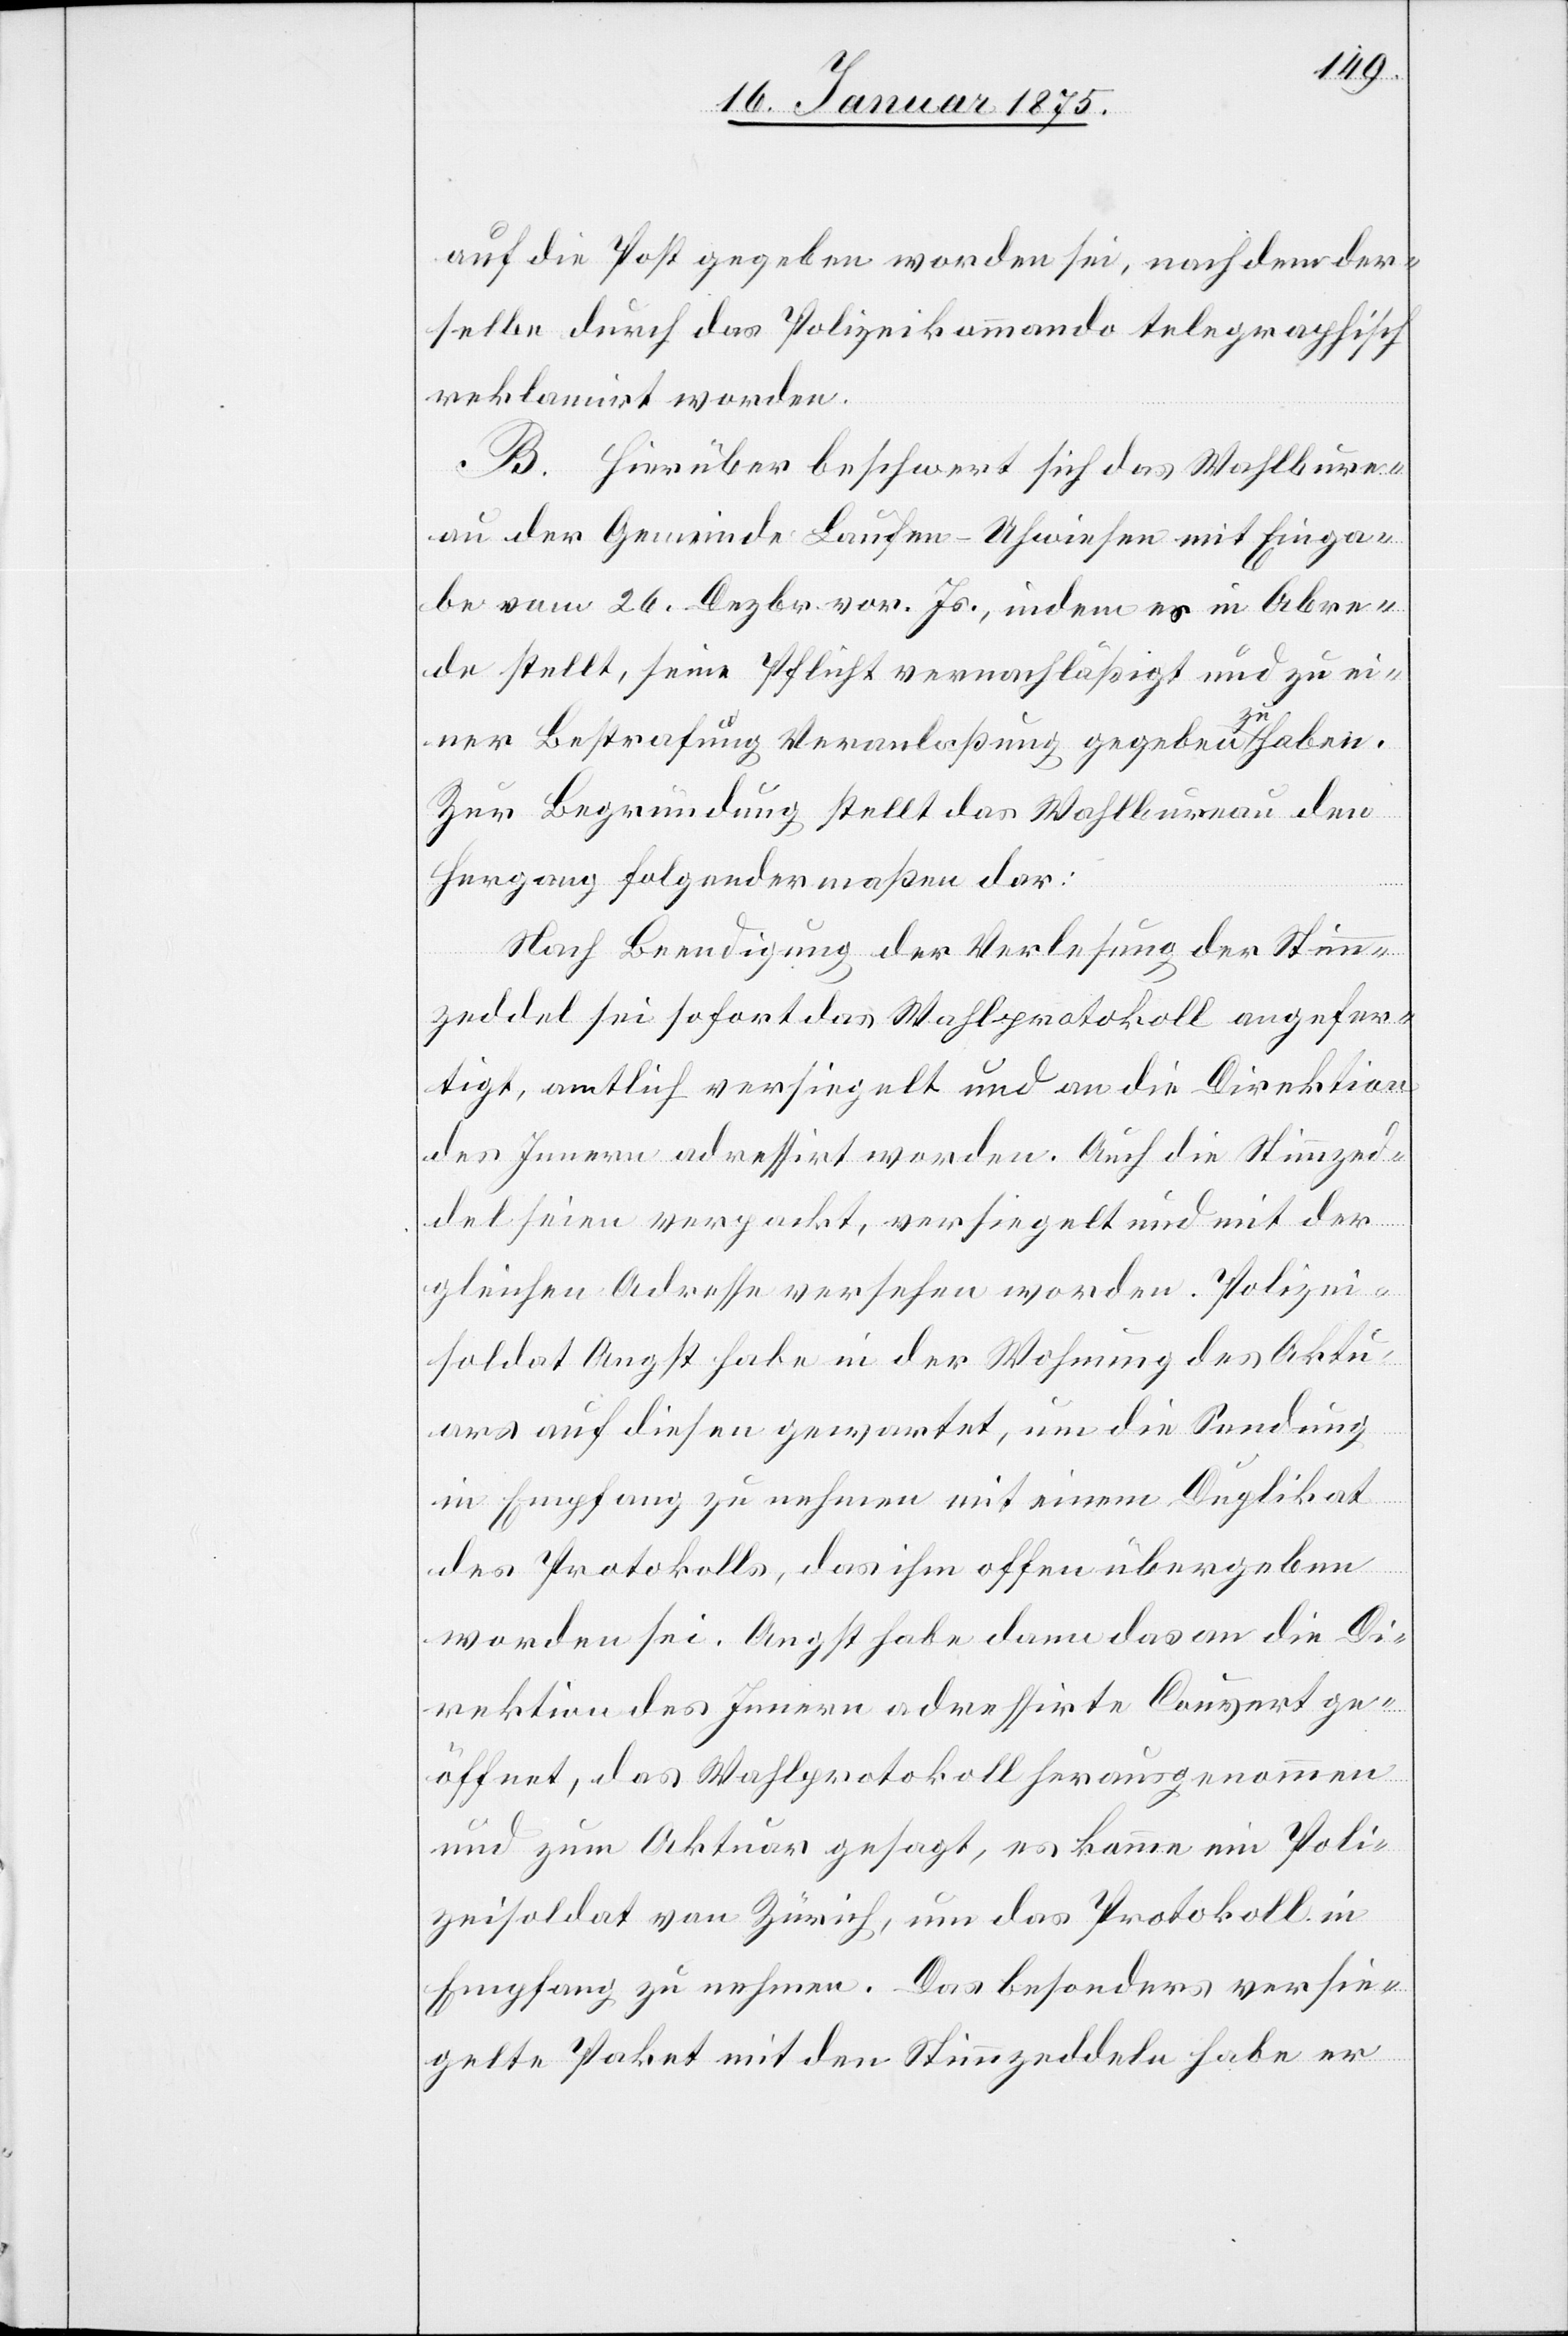
auf die Post gegeben worden sei, nach dem der¬
selbe durch das Polizeikommando telegraphisch
reklamirt worden.
B. Hierüber beschwert sich das Wahlbure¬
au der Gemeinde Laufen-Uhwiesen mit Einga¬
be vom 26. Dezbr. vor. Js., indem es in Abre¬
de stellt, seine Pflicht vernachläßigt und zu ei¬
ner Bestrafung Veranlaßung gegeben a-zu-a haben.
Zur Begründung stellt das Wahlbureau den
Hergang folgendermaßen dar:
Nach Beendigung der Verlesung der Stimm¬
zeddel sei sofort das Wahlprotokoll angefer¬
tigt, amtlich versiegelt und an die Direktion
des Innern adressirt worden. Auch die Stimmzed¬
del seien verpackt, versiegelt und mit der
gleichen Adresse versehen worden. Polizei¬
soldat Angst habe in der Wohnung des Aktu¬
ars auf diesen gewartet, um die Sendung
in Empfang zu nehmen mit einem Duplikat
des Protokolls, das ihm offen übergeben
worden sei. Angst habe dann das an die Di¬
rektion des Innern adressirte Couvert ge¬
öffnet, das Wahlprotokoll herausgenommen
und zum Aktuar gesagt, es komme ein Poli¬
zeisoldat von Zürich, um das Protokoll in
Empfang zu nehmen. Das besonders versie¬
gelte Paket mit den Stimmzeddeln habe er